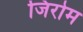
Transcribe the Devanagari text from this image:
जिरोम